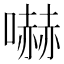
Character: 嚇